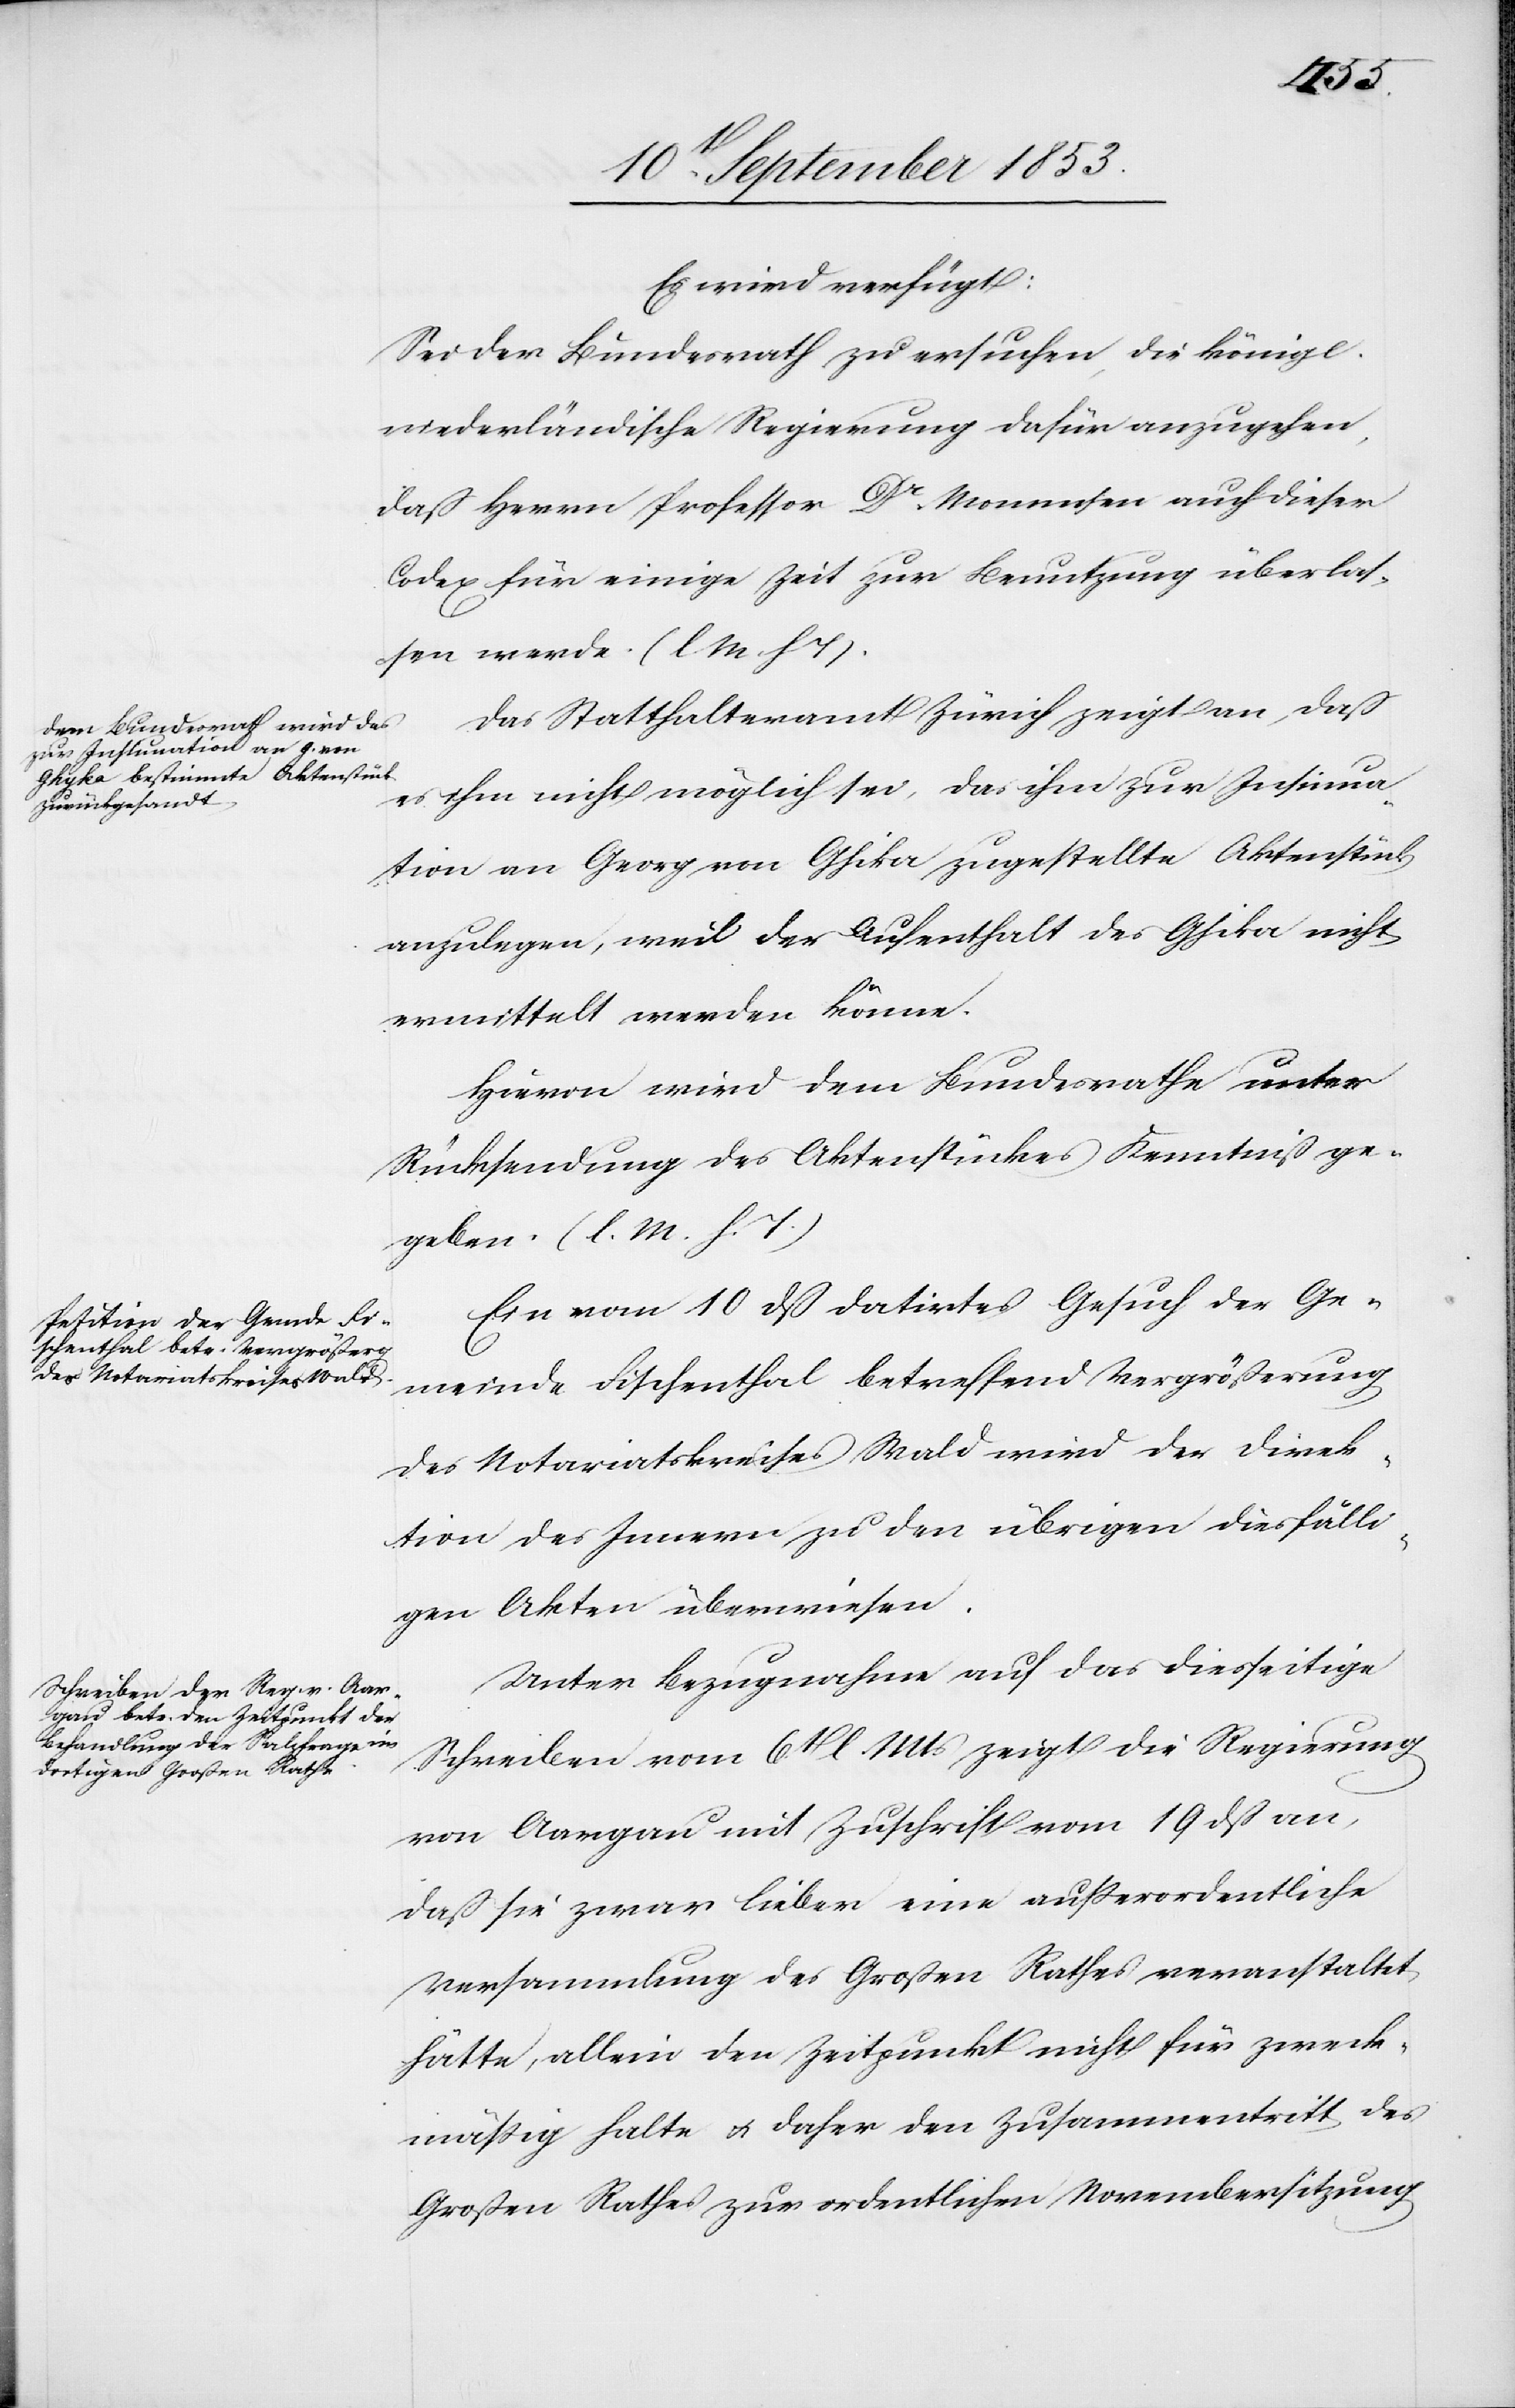
den
20t[en] September 1853.]
Es wird verfügt:
Sei der Bundesrath zu ersuchen, die königl.
niederländische Regierung dafür anzugehen,
daß Herrn Professor Dr Mommsen auch dieser
Codex für einige Zeit zur Benutzung überlas¬
sen werde. [l. M. h. T]
Das Statthalteramt Zürich zeigt an, daß
es ihm nicht möglich sei, das ihm zur Insinua¬
tion an Georg von Ghika zugestellte Aktenstück
anzulegen, weil der Aufenthalt des Ghika nicht
ermittelt werden könne.
Hievon wird dem Bundesrathe unter
Rücksendung des Aktenstückes Kenntniß ge¬
geben. [l. M. h. T]
Ein vom 10 dß datirtes Gesuch der Ge¬
meinde Fischenthal betreffend Vergrößerung
des Notariatskreises Wald wird der Direk¬
tion des Innern u. den übrigen diesfälli¬
gen Akten überwiesen.
Unter Bezugnahme auf das diesseitige
Schreiben vom 6t l. Mts. zeigt die Regierung
von Aargau mit Zuschrift vom 19 dß an,
daß sie zwar lieber eine außerordentliche
Versammlung des Großen Rathes veranstaltet
hätte, allein den Zeitpunkt nicht für zweck¬
mäßig halte u. daher den Zusammentritt des
Großen Rathes zur ordentlichen Novembersitzung